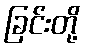
ခြင်းတို့